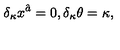
\delta _ { \kappa } x ^ { \hat { a } } = 0 , \delta _ { \kappa } \theta = \kappa ,